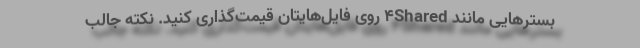
بسترهایی مانند 4Shared روی فایل‌هایتان قیمت‌گذاری کنید. نکته جالب